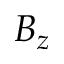
B _ { z }